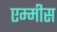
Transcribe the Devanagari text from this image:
एम्मीस